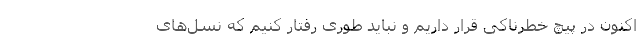
اکنون در پیچ خطرناکی قرار داریم و نباید طوری رفتار کنیم که نسل‌های